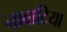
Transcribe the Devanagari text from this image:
नाबाटिया